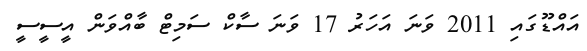
އައްޑޫގައި 2011 ވަނަ އަހަރު 17 ވަނަ ސާކް ސަމިޓް ބާއްވަން އީސީސީ